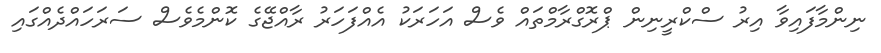
ނިންމާފައިވާ އިރު ސްކްރީނިން ޕްރޮގްރާމްތައް ވެސް އަހަރަކު އެއްފަހަރު ރާއްޖޭގެ ކޮންމެވެސް ސަރަހައްދެއްގައި